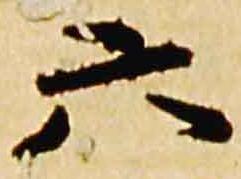
六